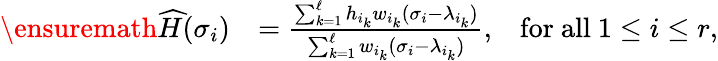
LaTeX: \begin{array}{rlr}{\ensuremath{\skew 4\widehat{H}}(\sigma_{i})}&{=\frac{\sum_{k=1}^{\ell}h_{i_{k}}w_{i_{k}}(\sigma_{i}-\lambda_{i_{k}})}{\sum_{k=1}^{\ell}w_{i_{k}}(\sigma_{i}-\lambda_{i_{k}})},}&{\mathrm{for~all}~1\leq i\leq r,}\end{array}